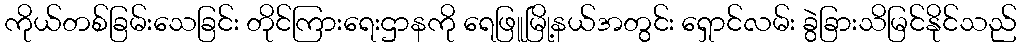
ကိုယ်တစ်ခြမ်းသေခြင်း တိုင်ကြားရေးဌာနကို ရေဖြူမြို့နယ်အတွင်း ရှောင်လမ်း ခွဲခြားသိမြင်နိုင်သည်